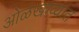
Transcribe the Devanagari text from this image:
ओळखाव्यात